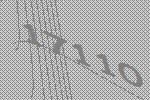
17110